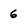
Character: 6